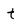
Character: t